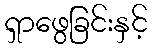
ရှာဖွေခြင်းနှင့်